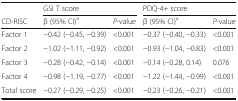
|  | <COLSPAN=2> GSI T score | <COLSPAN=2> PDQ-4+ score |
 | CD-RISC | β (95% CI)a | P-value | β (95% CI)a | P-value |
 | --- | --- | --- | --- | --- |
 | Factor 1 | −0.42 (−0.45, −0.39) | <0.001 | −0.37 (−0.40, −0.33) | <0.001 |
 | Factor 2 | −1.02 (−1.11, −0.92) | <0.001 | −0.93 (−1.04, −0.83) | <0.001 |
 | Factor 3 | −0.28 (−0.42, −0.14) | <0.001 | −0.14 (−0.28, 0.14) | 0.076 |
 | Factor 4 | −0.98 (−1.19, −0.77) | <0.001 | −1.22 (−1.44, −0.99) | <0.001 |
 | Total score | −0.27 (−0.29, −0.25) | <0.001 | −0.23 (−0.26, −0.21) | <0.001 |